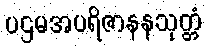
ပဌမအပရိဇာနနသုတ္တံ